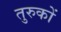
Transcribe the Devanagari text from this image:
तुरुकों